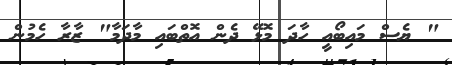
" ޔެސް މައިބޯއީ ހާދަ މޮޅޭ ދެން އޮތްބައި މާދަމާ" ޒާރާ ހެމުން